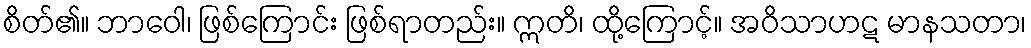
စိတ်၏။ ဘာဝေါ၊ ဖြစ်ကြောင်း ဖြစ်ရာတည်း။ ဣတိ၊ ထို့ကြောင့်။ အဝိသာဟဋ မာနသတာ၊